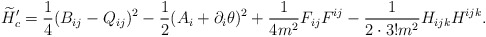
\begin{align*}\widetilde{H}'_c = \frac{1}{4}(B_{ij}-Q_{ij})^2-\frac{1}{2}(A_i+\partial_i\theta)^2+\frac{1}{4m^2}F_{ij}F^{ij}-\frac{1}{2\cdot3!m^2}H_{ijk}H^{ijk}.\end{align*}